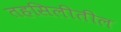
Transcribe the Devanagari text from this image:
तहसिलीतील